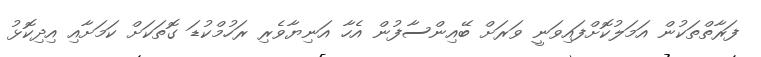
ފަރާތްތަކުން އަމަލުކޮށްފައިވަނީ ވަރަށް ބޭއިންސާފުން އެހާ އަނިޔާވެރި ރަހުމްކުޑަ ގޮތަކަށް ކަމަށާއި އިދިކޮޅު